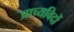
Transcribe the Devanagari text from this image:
प्राच्यविदों